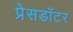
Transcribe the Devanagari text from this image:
प्रेसडॉटर